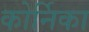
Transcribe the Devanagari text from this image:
कोर्निका